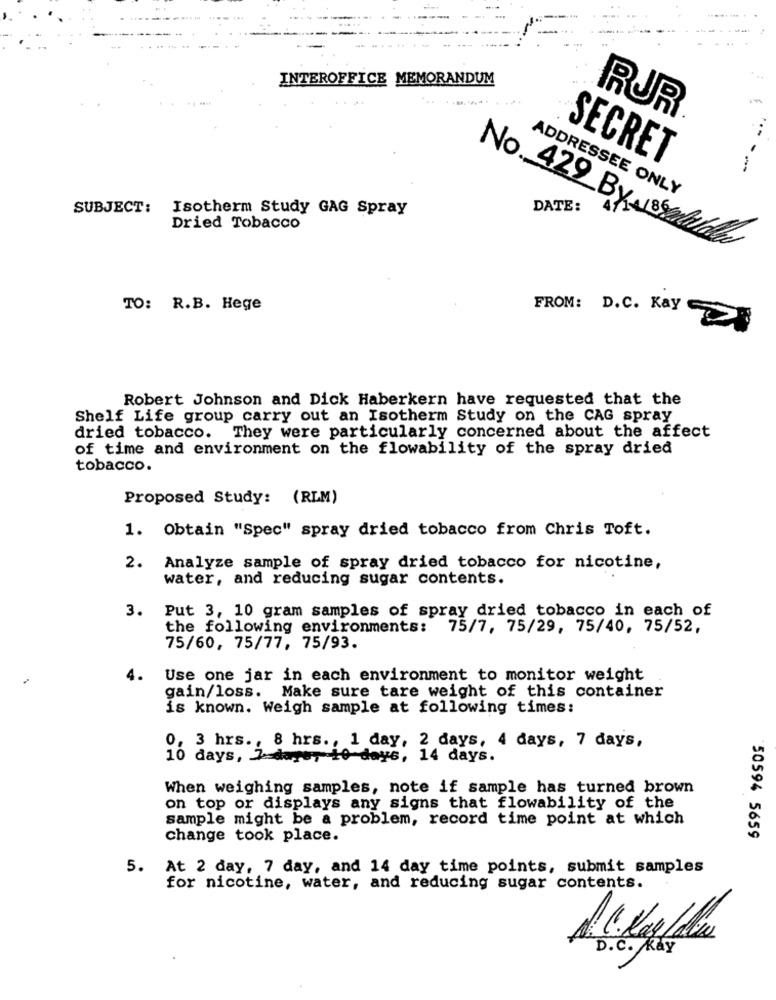
INTEROFFICE MEMORANDUM
RUR
SECRET
ADDRESSEE ONLY
SUBJECT:
Isotherm Study GAG Spray
DATE:
Dried Tobacco
No. 429 By ASSalariales
TO: R.B. Hege
FROM: D.C. Kay
Robert Johnson and Dick Haberkern have requested that the
Shelf Life group carry out an Isotherm Study on the CAG spray
dried tobacco. They were particularly concerned about the affect
of time and environment on the flowability of the spray dried
tobacco.
Proposed Study: (RLM)
1. Obtain "Spec" spray dried tobacco from Chris Toft.
2.
Analyze sample of spray dried tobacco for nicotine,
water, and reducing sugar contents.
3.
Put 3, 10 gram samples of spray dried tobacco in each of
the following environments: 75/7, 75/29, 75/40, 75/52,
75/60, 75/77, 75/93.
4.
Use one jar in each environment to monitor weight
gain/loss. Make sure tare weight of this container
is known. Weigh sample at following times:
0, 3 hrs ., 8 hrs ., 1 day, 2 days, 4 days, 7 days,
10 days, 7 dage, 10 days, 14 days.
When weighing samples, note if sample has turned brown
on top or displays any signs that flowability of the
sample might be a problem, record time point at which
change took place.
50594 5659
5.
At 2 day, 7 day, and 14 day time points, submit samples
for nicotine, water, and reducing sugar contents.
D.C. Kay